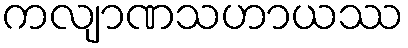
ကလျာဏသဟာယဿ